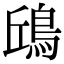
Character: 𩿨